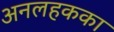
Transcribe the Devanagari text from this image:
अनलहकका